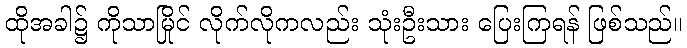
ထိုအခါ၌ ကိုသာမြိုင် လိုက်လိုကလည်း သုံးဦးသား ပြေးကြရန် ဖြစ်သည်။